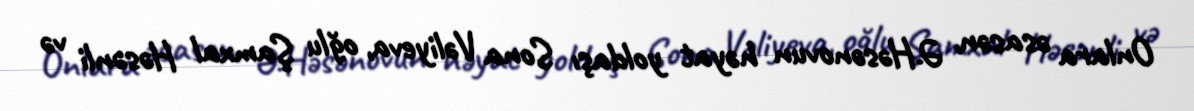
Onlara əsasən, Ə.Həsənovun həyat yoldaşı Sona Vəliyeva, oğlu Şamxal Həsənli və